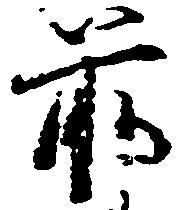
前